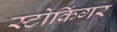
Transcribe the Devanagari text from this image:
स्टोकिंगर